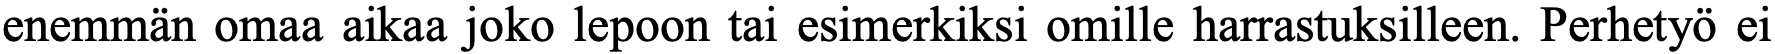
enemmän omaa aikaa joko lepoon tai esimerkiksi omille harrastuksilleen. Perhetyö ei